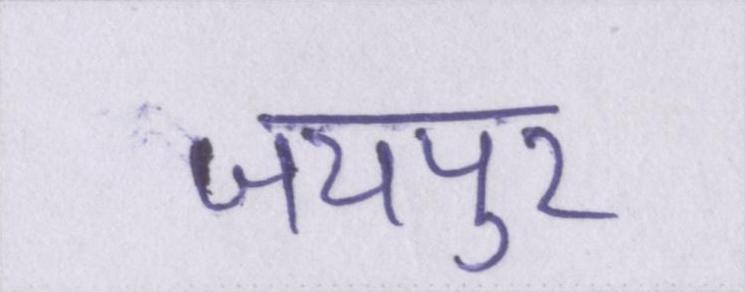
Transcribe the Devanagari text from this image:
जयपुर